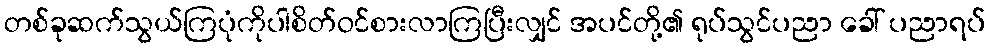
တစ်ခုဆက်သွယ်ကြပုံကိုပါစိတ်ဝင်စားလာကြပြီးလျှင် အပင်တို့၏ ရုပ်သွင်ပညာ ခေါ် ပညာရပ်